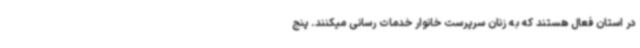
در استان فعال هستند که به زنان سرپرست خانوار خدمات رسانی میکنند. پنج